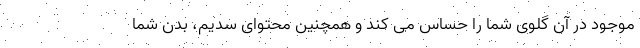
موجود در آن گلوی شما را حساس می کند و همچنین محتوای سدیم، بدن شما